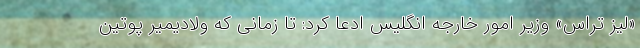
«لیز تراس» وزیر امور خارجه انگلیس ادعا کرد: تا زمانی که ولادیمیر پوتین